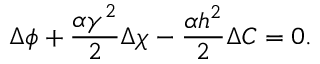
\Delta \phi + \frac { \alpha \gamma ^ { 2 } } { 2 } \Delta \chi - \frac { \alpha h ^ { 2 } } { 2 } \Delta C = 0 .